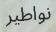
نواطير